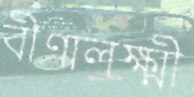
বীণালক্ষ্মী